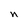
Character: n